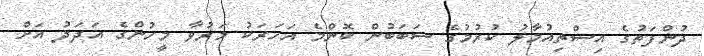
ދުންފަތުގެ އިސްތިއުމާލު ކުރުމުގެ ސަބަބުން ކޮންމެ އަހަރަކު މަރުވާ މީހުންގެ އަދަދު އަށް